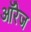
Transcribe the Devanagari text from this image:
ऑरेज